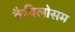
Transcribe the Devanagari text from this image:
कैविलोसम